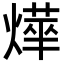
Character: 𭶂